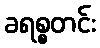
ခရစ္စတင်း